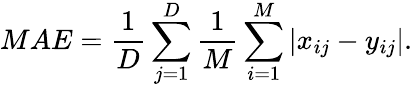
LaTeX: MAE=\frac{1}{D}\sum_{j=1}^{D}\frac{1}{M}\sum_{i=1}^{M}|x_{ij}-y_{ij}|.